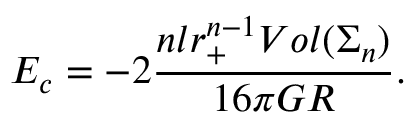
E _ { c } = - 2 \frac { n l r _ { + } ^ { n - 1 } V o l ( \Sigma _ { n } ) } { 1 6 \pi G R } .